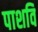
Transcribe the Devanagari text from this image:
पाशवि